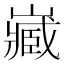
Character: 𡾻